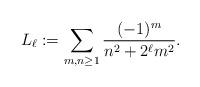
LaTeX: \begin{align*}L_\ell:=\sum_{m,n\geq 1}\dfrac{(-1)^m}{n^2+2^\ell m^2}. \end{align*}